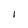
Character: l